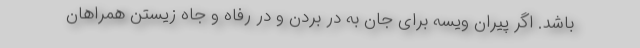
باشد. اگر پیران ویسه برای جان به در بردن و در رفاه و جاه زیستن همراهان